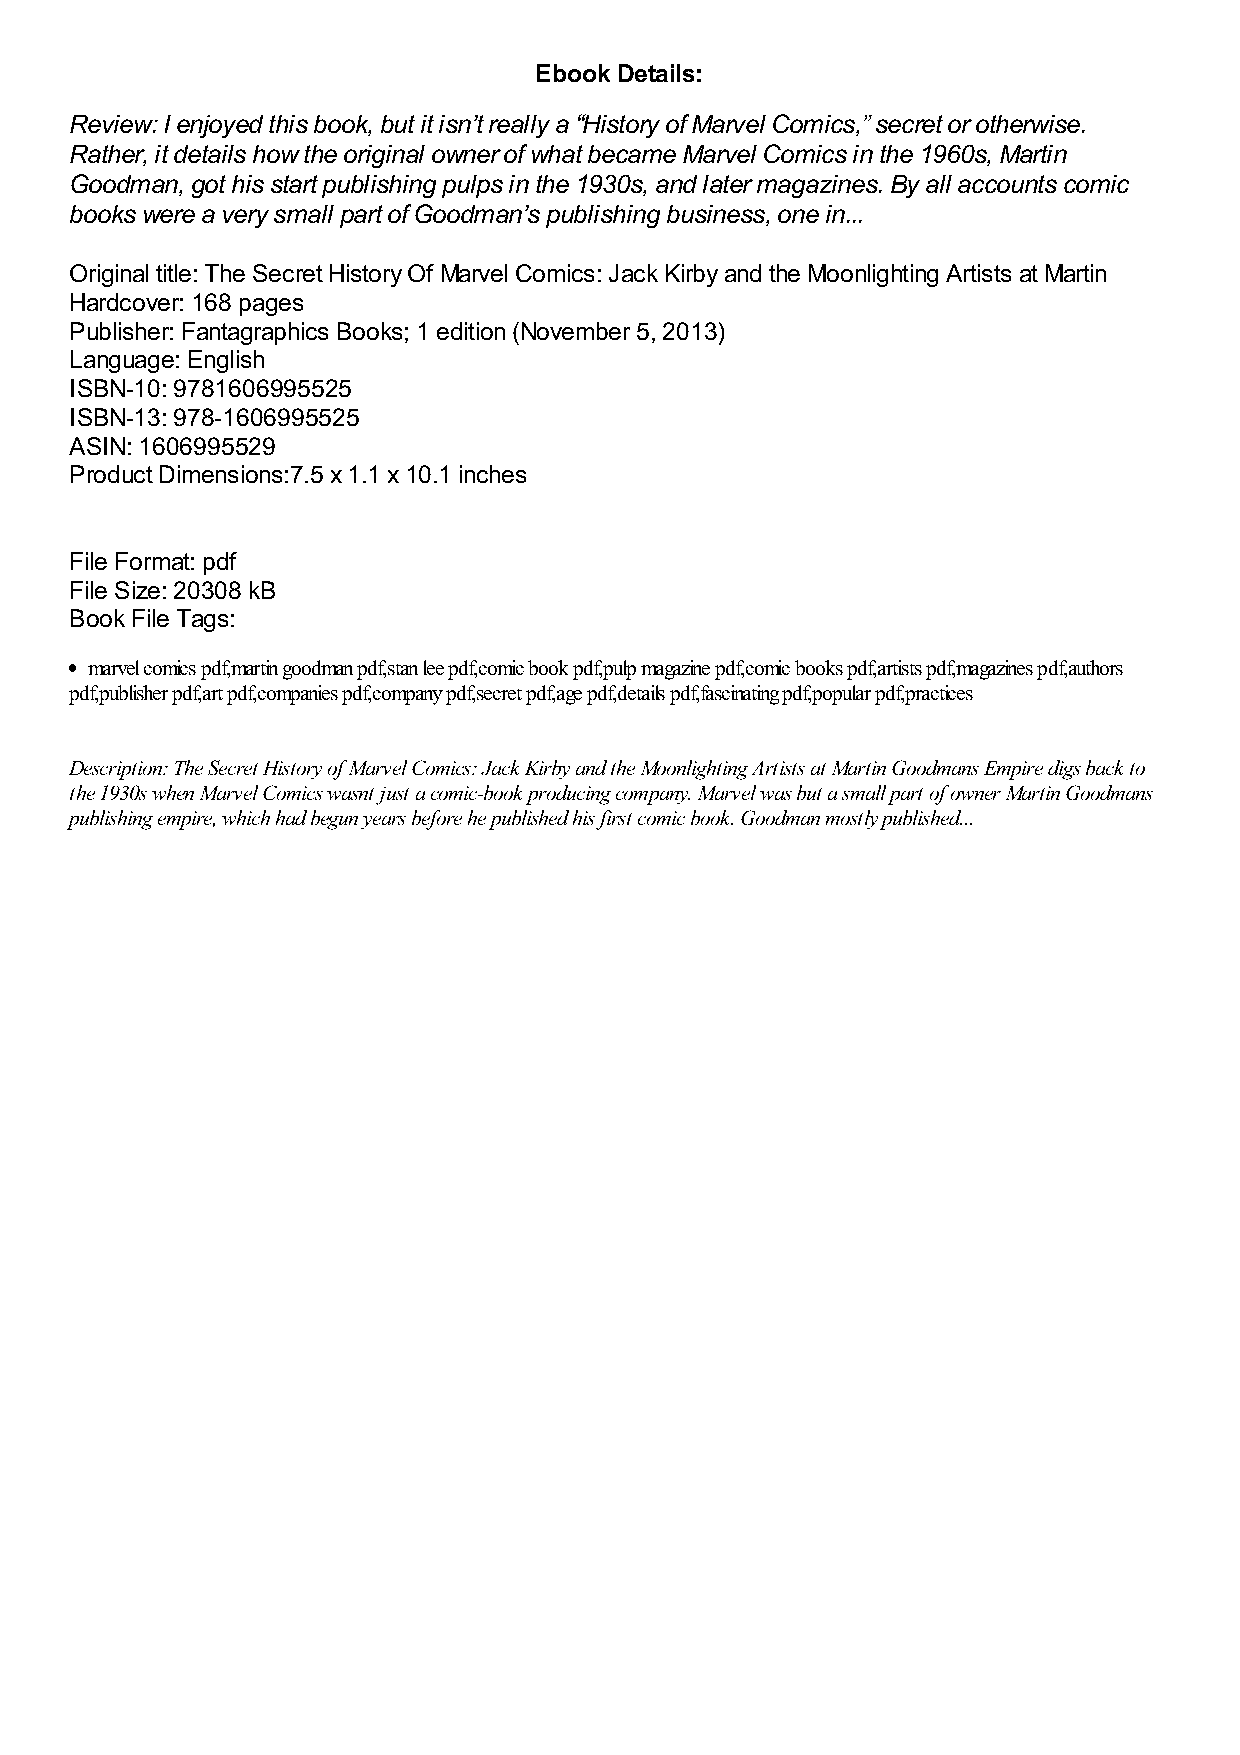
Ebook Details:
 Review: I enjoyed this book, but it isn’t really a “History of Marvel Comics,” secret or otherwise.
 Rather, it details how the original owner of what became Marvel Comics in the 1960s, Martin
 Goodman, got his start publishing pulps in the 1930s, and later magazines. By all accounts comic
 books were a very small part of Goodman’s publishing business, one in...
 Original title: The Secret History Of Marvel Comics: Jack Kirby and the Moonlighting Artists at Martin
 Hardcover: 168 pages
 Publisher: Fantagraphics Books; 1 edition (November 5, 2013)
 Language: English
 ISBN-10: 9781606995525
 ISBN-13: 978-1606995525
 ASIN: 1606995529
 Product Dimensions:7.5 x 1.1 x 10.1 inches
 File Format: pdf
 File Size: 20308 kB
 Book File Tags:
 marvel comics pdf,martin goodman pdf,stan lee pdf,comic book pdf,pulp magazine pdf,comic books pdf,artists pdf,magazines pdf,authors
 pdf,publisher pdf,art pdf,companies pdf,company pdf,secret pdf,age pdf,details pdf,fascinating pdf,popular pdf,practices
 Description: The Secret History of Marvel Comics: Jack Kirby and the Moonlighting Artists at Martin Goodmans Empire digs back to
 the 1930s when Marvel Comics wasnt just a comic-book producing company. Marvel was but a small part of owner Martin Goodmans
 publishing empire, which had begun years before he published his first comic book. Goodman mostly published...